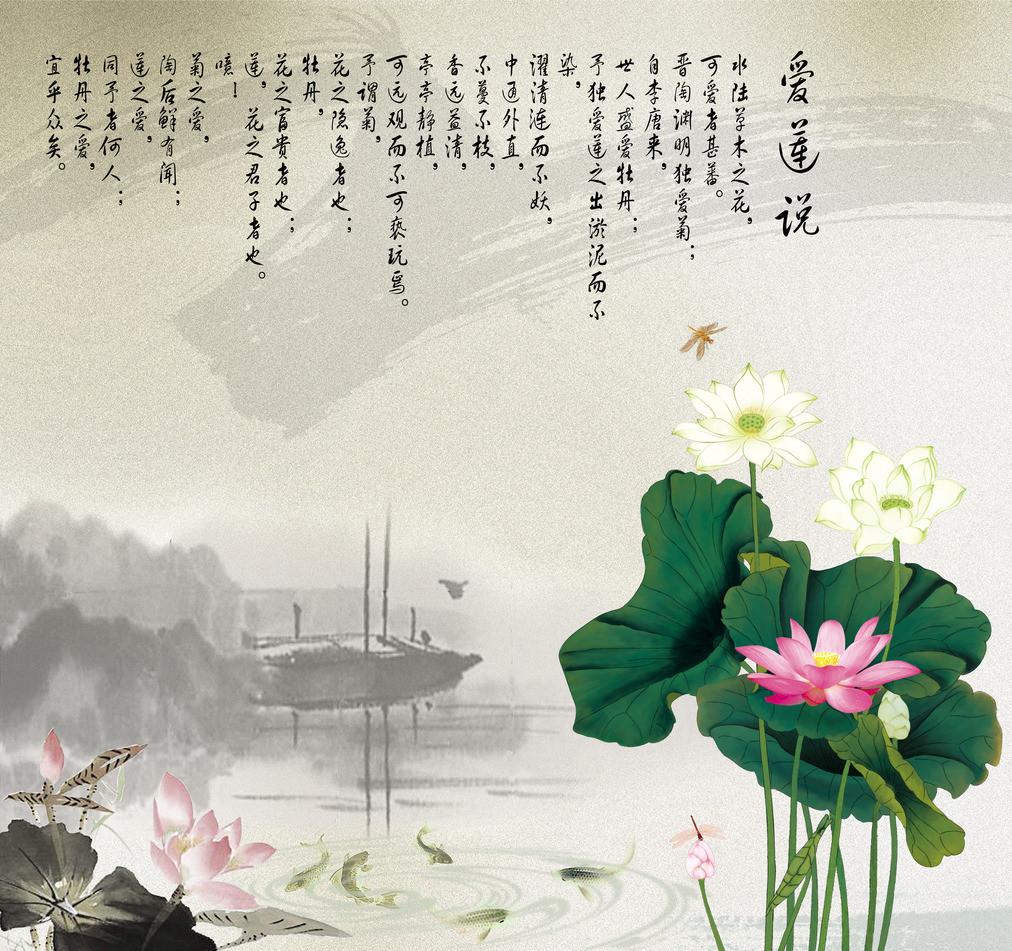
是故君子有终身之忧，无一朝之患也。